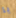
يا